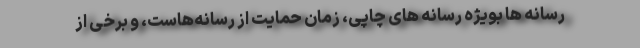
رسانه ها بویژه رسانه های چاپی، زمان حمایت از رسانه‌هاست، و برخی از